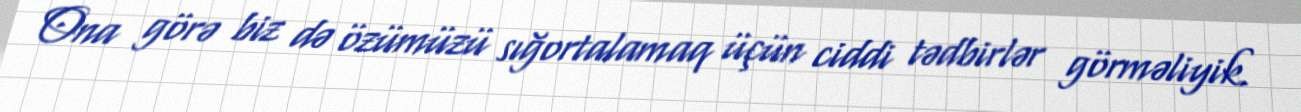
Ona görə biz də özümüzü sığortalamaq üçün ciddi tədbirlər görməliyik.